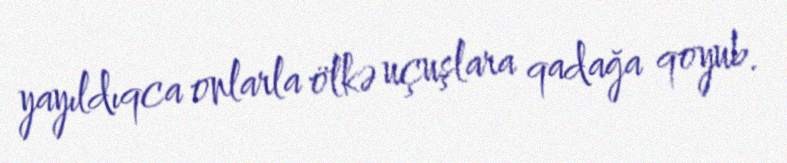
yayıldıqca onlarla ölkə uçuşlara qadağa qoyub.